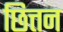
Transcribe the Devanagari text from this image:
छित्तन